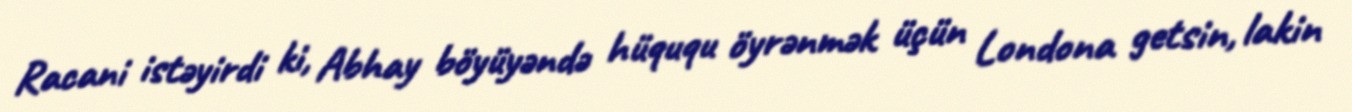
Racani istəyirdi ki, Abhay böyüyəndə hüququ öyrənmək üçün Londona getsin, lakin